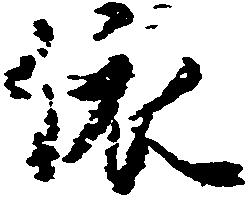
依